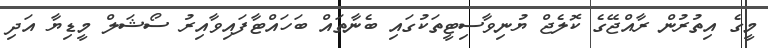
މީގެ އިތުރުން ރާއްޖޭގެ ކޮލެޖް ޔުނިވާސިޓީތަކުގައި ބެނާތައް ބަހައްޓާފައިވާއިރު ސޯޝަލް މީޑިޔާ އަދި